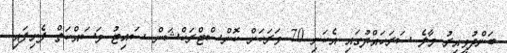
ބަންދުވީއިރު މާލެ ސަރަހައްދުގައި އެކަނި 70 ވަރަކަށް ކޮންސްޓްރަކްޝަން ސައިޓު މަސައްކަތްް ފެށިފައި